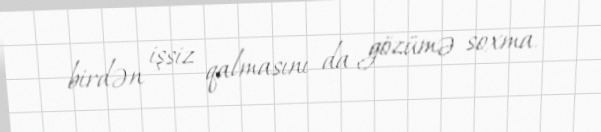
birdən işsiz qalmasını da gözümə soxma.